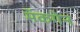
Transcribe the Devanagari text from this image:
मॅकगेन